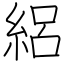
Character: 絽